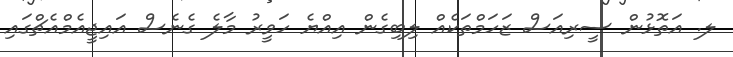
ލ. އަތޮޅުން ސީރިއަސް ޒަހަމްތަކެއް ލިބިގެން އިއްޔެ ހަވީރު މާލެ ގެނެސް އައިޖީއެމްއެޗްގައި